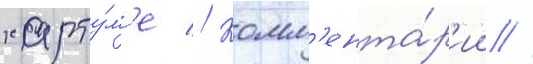
харту́м'е // Комм'ента́р'ии //